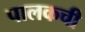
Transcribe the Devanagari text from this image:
पालकची